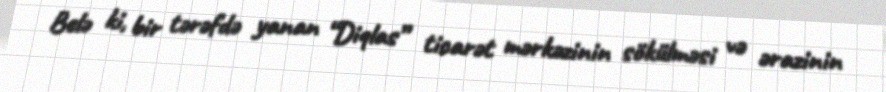
Belə ki, bir tərəfdə yanan “Diqlas” ticarət mərkəzinin sökülməsi və ərazinin